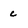
Character: c